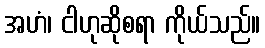
အဟံ၊ ငါဟုဆိုစရာ ကိုယ်သည်။